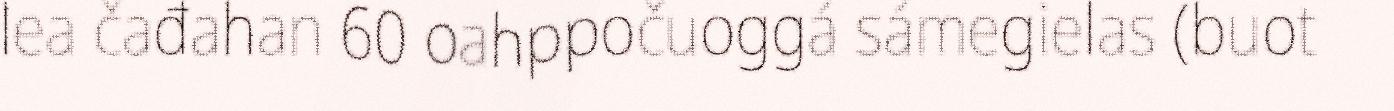
lea čađahan 60 oahppočuoggá sámegielas (buot